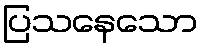
ပြသနေသော